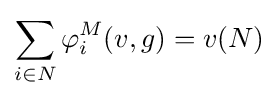
\sum _{i\in N}\varphi _{i}^{M}(v,g)=v(N)